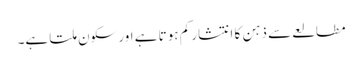
مطالعے سے ذہن کا انتشار کم ہوتا ہے اور سکون ملتا ہے۔